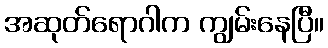
အဆုတ်ရောဂါက ကျွမ်းနေပြီ။